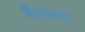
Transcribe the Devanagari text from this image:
हैं।माता